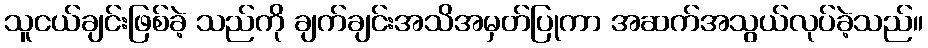
သူငယ်ချင်းဖြစ်ခဲ့ သည်ကို ချက်ချင်းအသိအမှတ်ပြုကာ အဆက်အသွယ်လုပ်ခဲ့သည်။